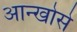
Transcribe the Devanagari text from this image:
आन्खोसे